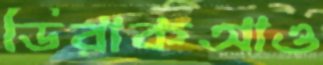
ডিরাকআও